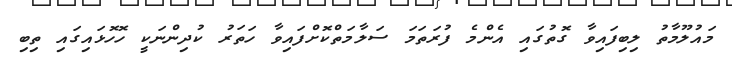
މައުލޫމާތު ލިބިފައިވާ ގޮތުގައި އެންމެ ފުރަތަމަ ސަލާމަތްކޮށްފައިވާ ހަތަރު ކުދިންނަކީ ހޮހޮޅައިގައި ތިބި